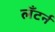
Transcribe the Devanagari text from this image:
लँटर्न